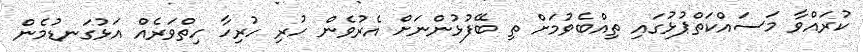
ކުރައްވާ މަސައްކަތްޕުޅުގައި ތިއްބެވުމަށް ތި ބޭފުޅުންނަށް އެރުވެން ހުރި ހުރިހާ ހިތްވަރެއް އަޅުގަނޑުމެން